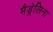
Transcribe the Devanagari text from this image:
मैड्रेलिना